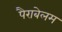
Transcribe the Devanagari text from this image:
पैराबेलम